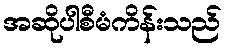
အဆိုပါစီမံကိန်းသည်